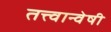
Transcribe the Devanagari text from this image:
तत्त्वान्वेषी